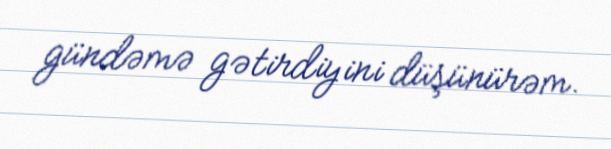
gündəmə gətirdiyini düşünürəm.